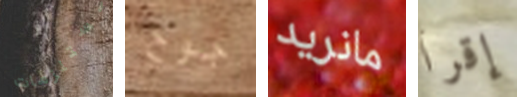
مستلزمات جوخ مانريد إقرأ